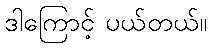
ဒါကြောင့် ပယ်တယ်။